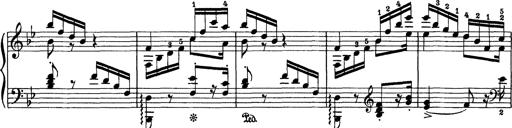
Title: Aus Lohengrin
Composer: Franz Liszt